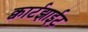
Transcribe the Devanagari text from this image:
क्वार्टझाईट